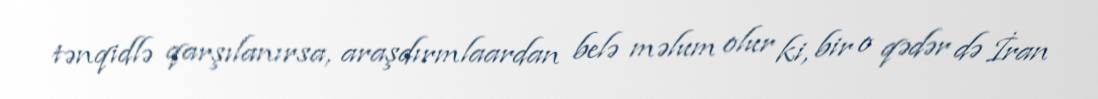
tənqidlə qarşılanırsa, araşdırmlaardan belə məlum olur ki, bir o qədər də İran